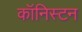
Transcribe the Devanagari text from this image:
कॉनिस्टन